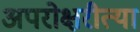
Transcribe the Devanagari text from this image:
अपरोक्षरीत्या